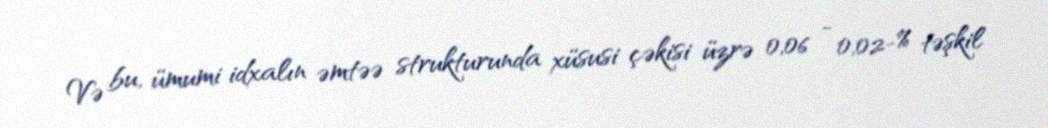
Və bu, ümumi idxalın əmtəə strukturunda xüsusi çəkisi üzrə 0,06 - 0,02-% təşkil